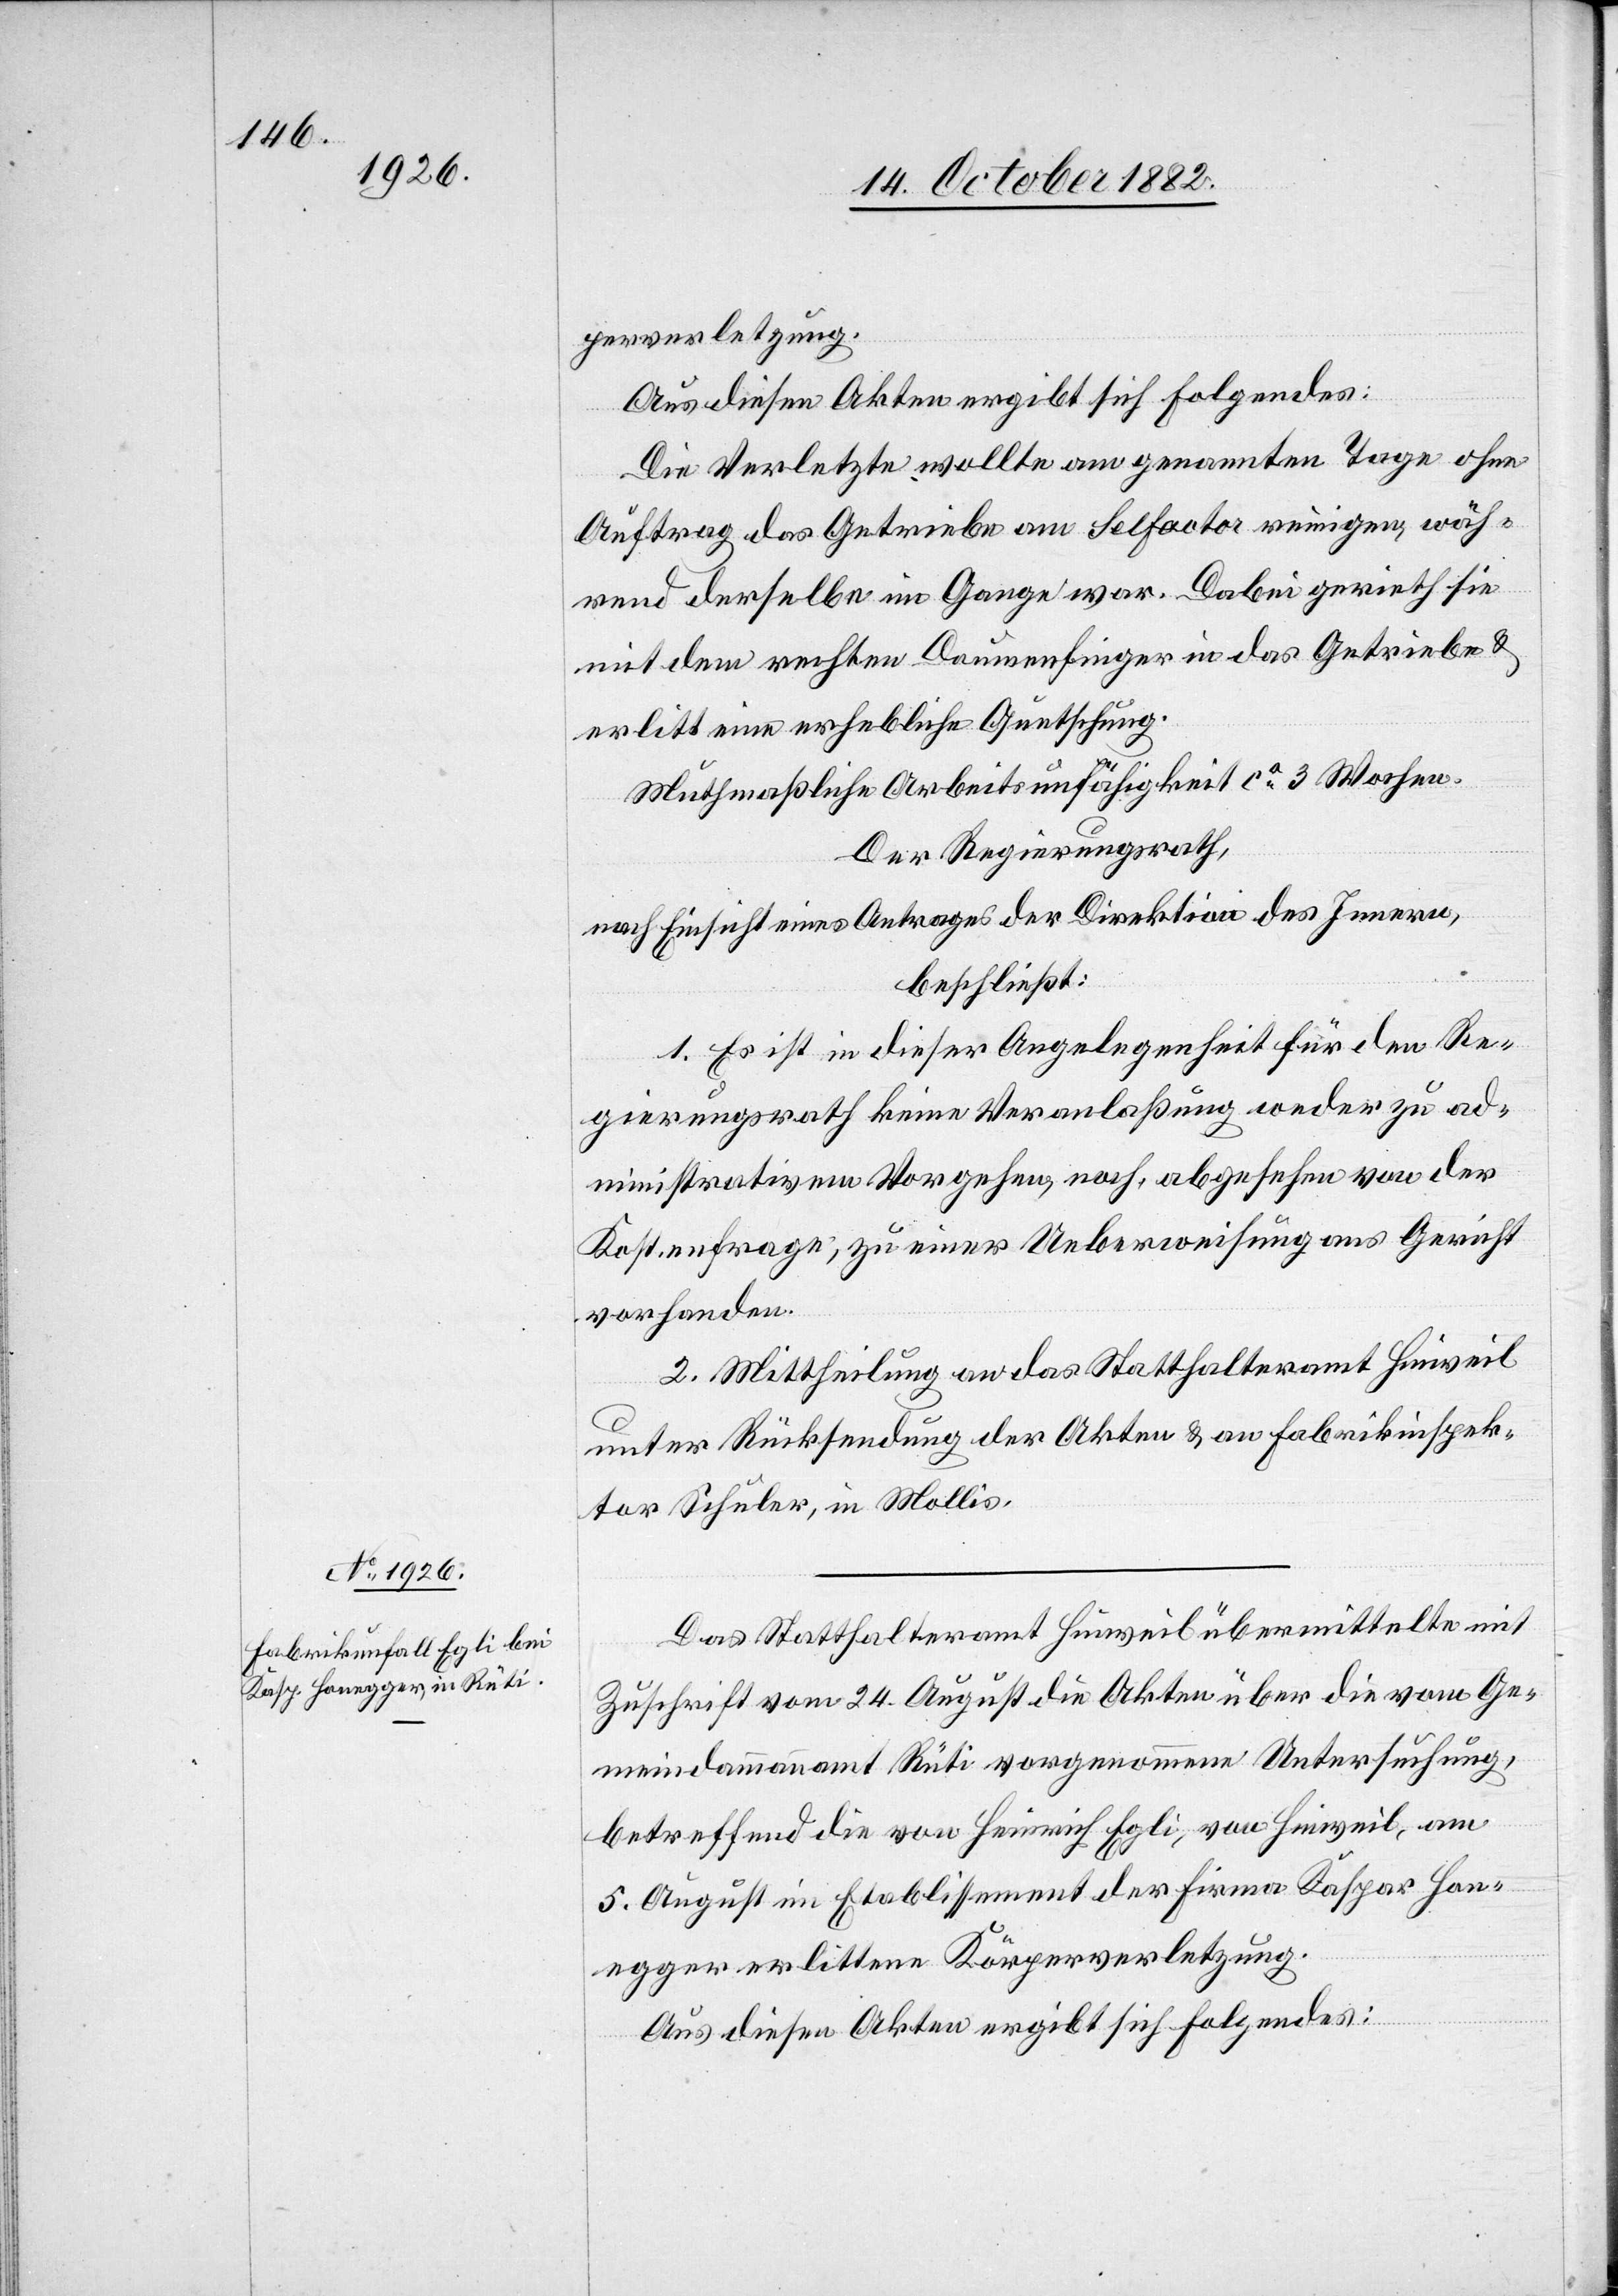
perverletzung.
Die Verletzte wollte am genannten Tage ohne
Auftrag das Getriebe am Selfactor reinigen, wäh¬
rend derselbe im Gange war. Dabei gerieth sie
mit dem Rechten Daumenfinger in das Getriebe &
erlitt eine erhebliche Quetschung.
Muthmaßliche Arbeitsunfähigkeit ca 3 Wochen.
Der Regierungsrath,
nach Einsicht eines Antrages der Direktion des Innern,
beschließt:
1. Es ist in dieser Angelegenheit für den Re¬
gierungsrath keine Veranlaßung weder zu ad¬
ministrativem Vorgehen, noch, abgesehen von der
Kostenfrage, zu einer Ueberweisung ans Gericht
vorhanden.
2. Mittheilung an das Statthalteramt Hinweil
unter Rücksendung der Akten & an Fabrikinspek¬
tor Schuler, in Mollis.
Das Statthalteramt Hinweil übermittelte mit
Zuschrift vom 24. August die Akten über die vom Ge¬
meindammannamt Rüti vorgenommene Untersuchung,
betreffend die von Heinrich Egli, von Hinweil, am
5. August im Etablissement der Firma Kaspar Hon¬
egger erlittene Körperverletzung.
Aus diesen Akten ergibt sich Folgendes: